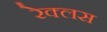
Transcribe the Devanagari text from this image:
रेक्लस